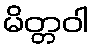
မိတ္တဝါ